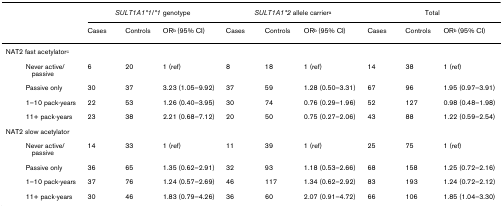
<table><thead><tr><td></td><td colspan="3"><b><i>SULT1A1*1</i>/<i>*1 </i>genotype</b></td><td colspan="3"><b><i>SULT1A1*2 </i>allele carrier<sup>a</sup></b></td><td colspan="3"><b>Total</b></td></tr><tr><td></td><td><b>Cases</b></td><td><b>Controls</b></td><td><b>OR<sup>b </sup>(95% CI)</b></td><td><b>Cases</b></td><td><b>Controls</b></td><td><b>OR<sup>b </sup>(95% CI)</b></td><td><b>Cases</b></td><td><b>Controls</b></td><td><b>OR<sup>b </sup>(95% CI)</b></td></tr></thead><tbody><tr><td colspan="10">NAT2 fast acetylator<sup>c</sup></td></tr><tr><td>Never active/passive</td><td>6</td><td>20</td><td>1 (ref)</td><td>8</td><td>18</td><td>1 (ref)</td><td>14</td><td>38</td><td>1 (ref)</td></tr><tr><td>Passive only</td><td>30</td><td>37</td><td>3.23 (1.05–9.92)</td><td>37</td><td>59</td><td>1.28 (0.50–3.31)</td><td>67</td><td>96</td><td>1.95 (0.97–3.91)</td></tr><tr><td>1–10 pack-years</td><td>22</td><td>53</td><td>1.26 (0.40–3.95)</td><td>30</td><td>74</td><td>0.76 (0.29–1.96)</td><td>52</td><td>127</td><td>0.98 (0.48–1.98)</td></tr><tr><td>11+ pack-years</td><td>23</td><td>38</td><td>2.21 (0.68–7.12)</td><td>20</td><td>50</td><td>0.75 (0.27–2.06)</td><td>43</td><td>88</td><td>1.22 (0.59–2.54)</td></tr><tr><td colspan="10">NAT2 slow acetylator</td></tr><tr><td>Never active/passive</td><td>14</td><td>33</td><td>1 (ref)</td><td>11</td><td>39</td><td>1 (ref)</td><td>25</td><td>75</td><td>1 (ref)</td></tr><tr><td>Passive only</td><td>36</td><td>65</td><td>1.35 (0.62–2.91)</td><td>32</td><td>93</td><td>1.18 (0.53–2.66)</td><td>68</td><td>158</td><td>1.25 (0.72–2.16)</td></tr><tr><td>1–10 pack-years</td><td>37</td><td>76</td><td>1.24 (0.57–2.69)</td><td>46</td><td>117</td><td>1.34 (0.62–2.92)</td><td>83</td><td>193</td><td>1.24 (0.72–2.12)</td></tr><tr><td>11+ pack-years</td><td>30</td><td>46</td><td>1.83 (0.79–4.26)</td><td>36</td><td>60</td><td>2.07 (0.91–4.72)</td><td>66</td><td>106</td><td>1.85 (1.04–3.30)</td></tr></tbody></table>